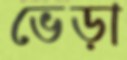
ভেড়া